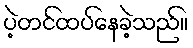
ပဲ့တင်ထပ်နေခဲ့သည်။